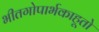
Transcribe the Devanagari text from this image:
भीतगोपार्भकाहूतो